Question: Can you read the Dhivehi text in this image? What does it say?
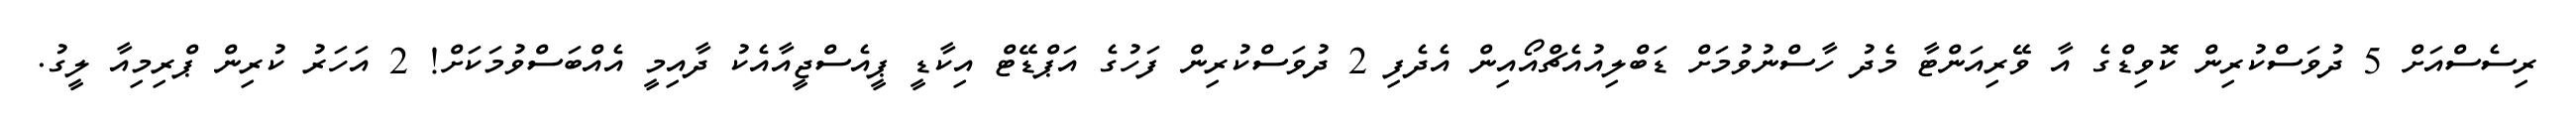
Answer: ރިސެސްއަށް 5 ދުވަސްކުރިން ކޮވިޑްގެ އާ ވޭރިއަންޓާ މެދު ހާސްނުވުމަށް ޑަބްލިއުއެޗްއޯއިން އެދެފި 2 ދުވަސްކުރިން ފަހުގެ އަޕްޑޭޓް އިކާޑީ ޕީއެސްޖީއާއެކު ދާއިމީ އެއްބަސްވުމަކަށް! 2 އަހަރު ކުރިން ޕްރިމިއާ ލީގު.